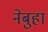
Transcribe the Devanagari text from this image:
नेबुहा